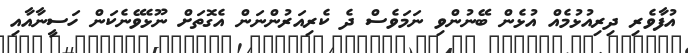
އުފާވެރި ދިރިއުޅުމެއް އުޅެން ބޭނުންވި ނަމަވެސް ދެ ކެރިއަރުންނަން އެގޮތަށް ނޫޅެވޭނެކަން ހަސީނާއާއި